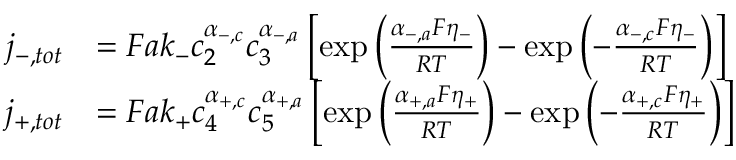
\begin{array} { r l } { j _ { - , t o t } } & { = F a k _ { - } c _ { 2 } ^ { \alpha _ { - , c } } c _ { 3 } ^ { \alpha _ { - , a } } \left[ \exp \left( \frac { \alpha _ { - , a } F \eta _ { - } } { R T } \right) - \exp \left( - \frac { \alpha _ { - , c } F \eta _ { - } } { R T } \right) \right] } \\ { j _ { + , t o t } } & { = F a k _ { + } c _ { 4 } ^ { \alpha _ { + , c } } c _ { 5 } ^ { \alpha _ { + , a } } \left[ \exp \left( \frac { \alpha _ { + , a } F \eta _ { + } } { R T } \right) - \exp \left( - \frac { \alpha _ { + , c } F \eta _ { + } } { R T } \right) \right] } \end{array}